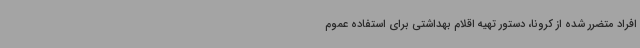
افراد متضرر شده از کرونا، دستور تهیه اقلام بهداشتی برای استفاده عموم